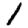
Digit: 1